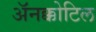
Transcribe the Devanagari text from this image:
अॅनक्कोटिल